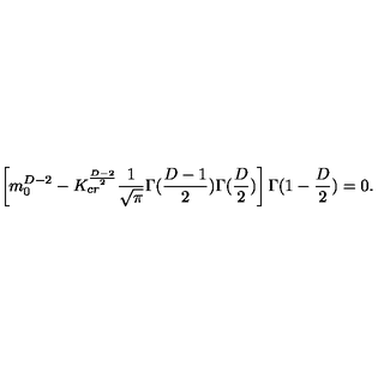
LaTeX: \left[ m _ { 0 } ^ { D - 2 } - K _ { c r } ^ { \frac { D - 2 } { 2 } } \frac { 1 } { \sqrt { \pi } } \Gamma ( \frac { D - 1 } { 2 } ) \Gamma ( \frac { D } { 2 } ) \right] \Gamma ( 1 - \frac { D } { 2 } ) = 0 .